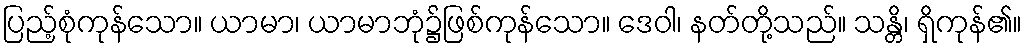
ပြည့်စုံကုန်သော။ ယာမာ၊ ယာမာဘုံ၌ဖြစ်ကုန်သော။ ဒေဝါ၊ နတ်တို့သည်။ သန္တိ၊ ရှိကုန်၏။